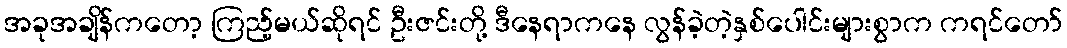
အခုအချိန်ကတော့ ကြည့်မယ်ဆိုရင် ဦးဇင်းတို့ ဒီနေရာကနေ လွန်ခဲ့တဲ့နှစ်ပေါင်းများစွာက ကရင်တော်